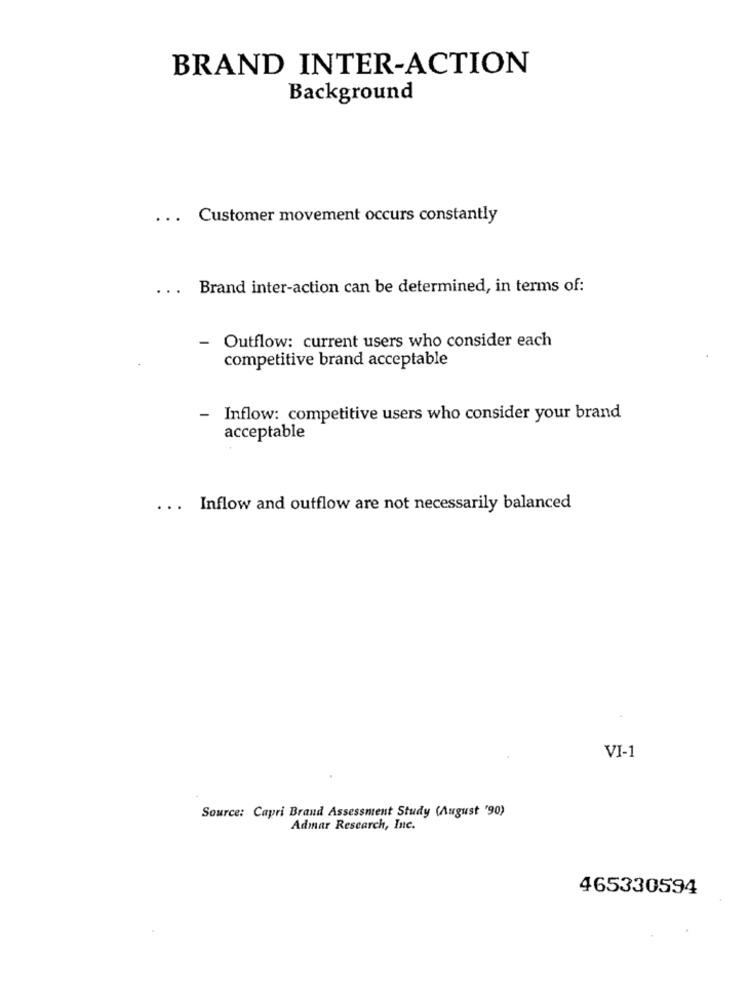
BRAND INTER-ACTION
Background
... Customer movement occurs constantly
...
Brand inter-action can be determined, in terms of:
- Outflow: current users who consider each
competitive brand acceptable
- Inflow: competitive users who consider your brand
acceptable
... Inflow and outflow are not necessarily balanced
VI-1
Source: Capri Brand Assessment Study (August '90)
Admar Research, Inc.
465330594